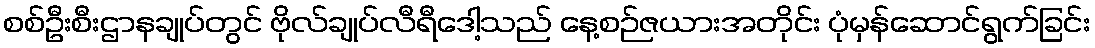
စစ်ဦးစီးဌာနချုပ်တွင် ဗိုလ်ချုပ်လီရီဒေါ့သည် နေ့စဉ်ဇယားအတိုင်း ပုံမှန်ဆောင်ရွက်ခြင်း